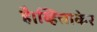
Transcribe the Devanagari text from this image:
है।व्हित्ताकेर